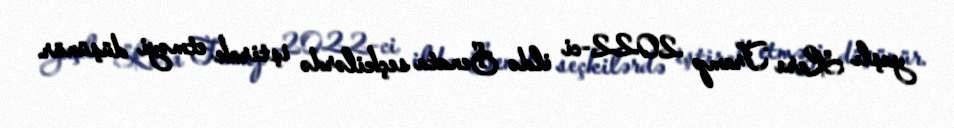
yaşlı Lara Tramp 2022-ci ildə Senata seçkilərdə iştirak etməyi düşünür.